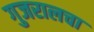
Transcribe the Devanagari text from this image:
गुजरालचा